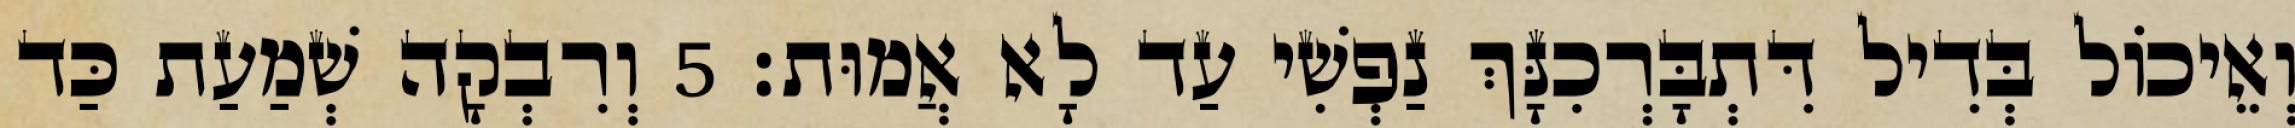
וְאֵיכוֹל בְּדִיל דִּתְבָּרְכִנָּךְ נַפְשִׁי עַד לָא אֲמוּת׃ 5 וְרִבְקָה שְׁמַעַת כַּד